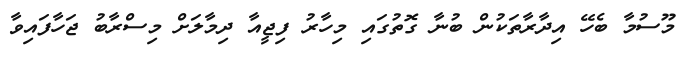
މޫސުމާ ބެހޭ އިދާރާތަކުން ބުނާ ގޮތުގައި މިހާރު ފިޖީއާ ދިމާލަށް މިސްރާބު ޖަހާފައިވާ